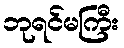
ဘုရင်မကြီး